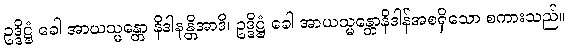
ဥဒ္ဒိဋ္ဌံ ခေါ အာယသ္မန္တော နိဒါနန္တိအာဒိ၊ ဥဒ္ဒိဋ္ဌံ ခေါ အာယသ္မန္တောနိဒါန်အစရှိသော စကားသည်။